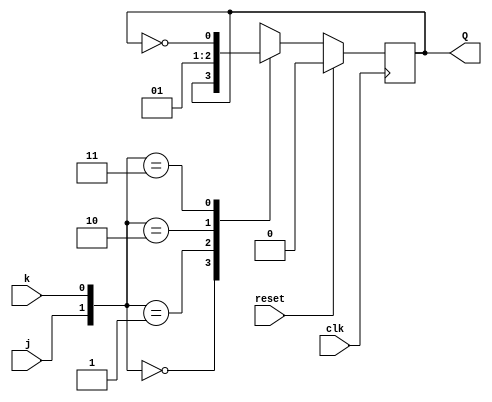
`timescale 1ns / 1ps

module JK_flipflop(
    input j,k,clk,reset,
    output reg Q
    );
    always@(posedge clk)
          begin
            if({reset})
            Q <= 1'b0;
            else
                begin
                case({j,k})
                2'b00:Q<=Q;
                2'b01:Q<=1'b0;
                2'b10:Q<=1'b1;
                2'b11:Q<=~Q;
                endcase
                end          
         end
endmodule
module SR_flipflop(
    input clk,reset,S,R, 
    output reg Q);
    
    always@(posedge clk)
          begin
            if(reset)
            Q <= 1'b0;
            else
                begin
                case({S,R})
                2'b00:Q<=Q;
                2'b01:Q<=1'b0;
                2'b10:Q<=1'b1;
                default: Q<= 2'bxx;
                endcase
                end          
         end

endmodule
module T_flipflop(
    input t,clk,reset,
    output reg Q
    );
    always@(posedge clk)
          begin
            if(reset)
               Q <= 1'b0;
            else
                begin
                   if(t)
                    Q<= ~Q;
                   else
                    Q<= Q;                     
                end
          end
endmodule

module D_using_SR_JK_T(
    input clk, reset, D,
    output Q_sr, Q_jk, Q_t
    );
    wire w;
    
    SR_flipflop SR(clk, reset, D, ~D, Q_sr);
    
    JK_flipflop JK(D, ~D, clk, reset, Q_jk);

    assign w= D ^ Q_t;
    T_flipflop T(w, clk, reset, Q_t);
    
endmodule